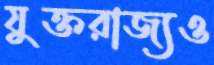
যুক্তরাজ্যও